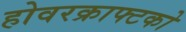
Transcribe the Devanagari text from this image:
होवरक्राफ्टको